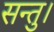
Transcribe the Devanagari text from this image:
सन्तु।